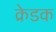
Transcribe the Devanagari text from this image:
क्रेडक